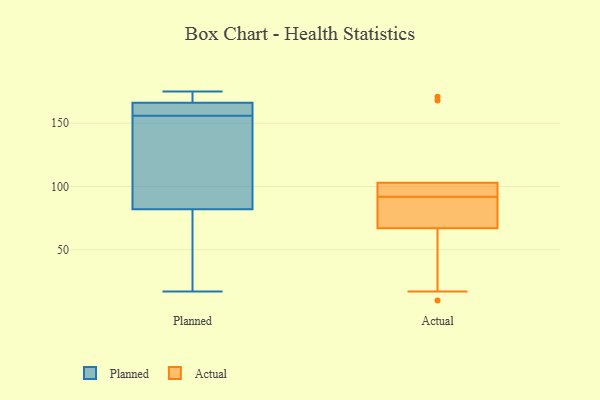
{"axis": {"x": "Population (Million)", "y": "Value"}, "legend": ["Actual", "Planned"], "data": [{"x": "", "y": 163, "type": "Planned"}, {"x": "", "y": 174, "type": "Planned"}, {"x": "", "y": 82, "type": "Planned"}, {"x": "", "y": 128, "type": "Planned"}, {"x": "", "y": 17, "type": "Planned"}, {"x": "", "y": 155, "type": "Planned"}, {"x": "", "y": 156, "type": "Planned"}, {"x": "", "y": 160, "type": "Planned"}, {"x": "", "y": 82, "type": "Planned"}, {"x": "", "y": 167, "type": "Planned"}, {"x": "", "y": 173, "type": "Planned"}, {"x": "", "y": 166, "type": "Planned"}, {"x": "", "y": 61, "type": "Planned"}, {"x": "", "y": 123, "type": "Planned"}, {"x": "", "y": 175, "type": "Planned"}, {"x": "", "y": 162, "type": "Planned"}, {"x": "", "y": 79, "type": "Planned"}, {"x": "", "y": 10, "type": "Actual"}, {"x": "", "y": 67, "type": "Actual"}, {"x": "", "y": 88, "type": "Actual"}, {"x": "", "y": 98, "type": "Actual"}, {"x": "", "y": 103, "type": "Actual"}, {"x": "", "y": 168, "type": "Actual"}, {"x": "", "y": 93, "type": "Actual"}, {"x": "", "y": 17, "type": "Actual"}, {"x": "", "y": 171, "type": "Actual"}, {"x": "", "y": 91, "type": "Actual"}]}